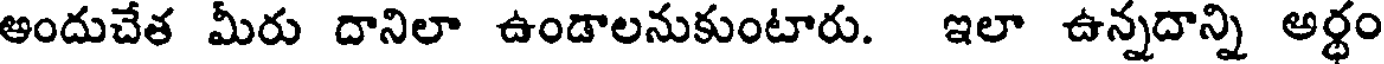
అందుచేత మీరు దానిలా ఉండాలనుకుంటారు. ఇలా ఉన్నదాన్ని అర్ధం